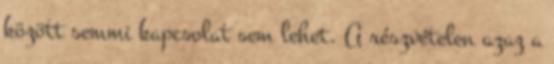
között semmi kapcsolat sem lehet. A részvételen azaz a